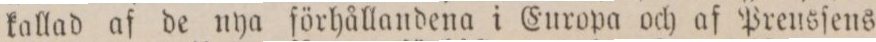
kallad af de nya förhållandena i Europa och af Prensſens